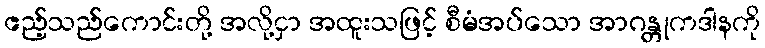
ဧည့်သည်ကောင်းတို့ အလို့ငှာ အထူးသဖြင့် စီမံအပ်သော အာဂန္တုကဒါနကို